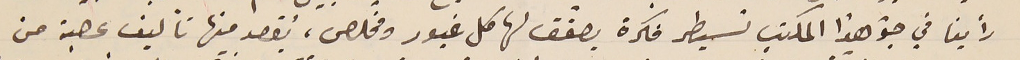
رأينا في جوّ هذا المكتب تسيطر فكرة يصفّق لها كل غيور ومخلص، يُقصد منها تاليف عصبة من